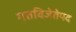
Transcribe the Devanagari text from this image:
गतविजेतेपद